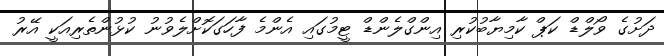
ދަށުގެ ވޯލްޑް ކަޕް ކާމިޔާބުކުރި އިންގްލެންޑް ޓީމުގައި އެންމެ ފާހަގަކޮށްލެވުނު ކުޅުންތެރިއަކީ އޭރު